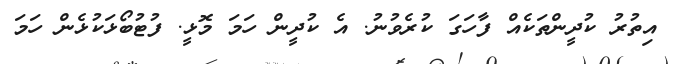
އިތުރު ކުދީންތަކެއް ފާހަގަ ކުރެވުނު. އެ ކުދީން ހަމަ މޮޅީ. ފުޓުބޯޅަކުޅެން ހަމަ